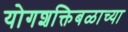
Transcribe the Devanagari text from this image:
योगशक्तिबळाच्या